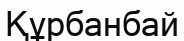
Құрбанбай